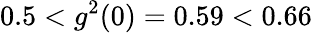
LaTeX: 0.5<g^{2}(0)=0.59<0.66